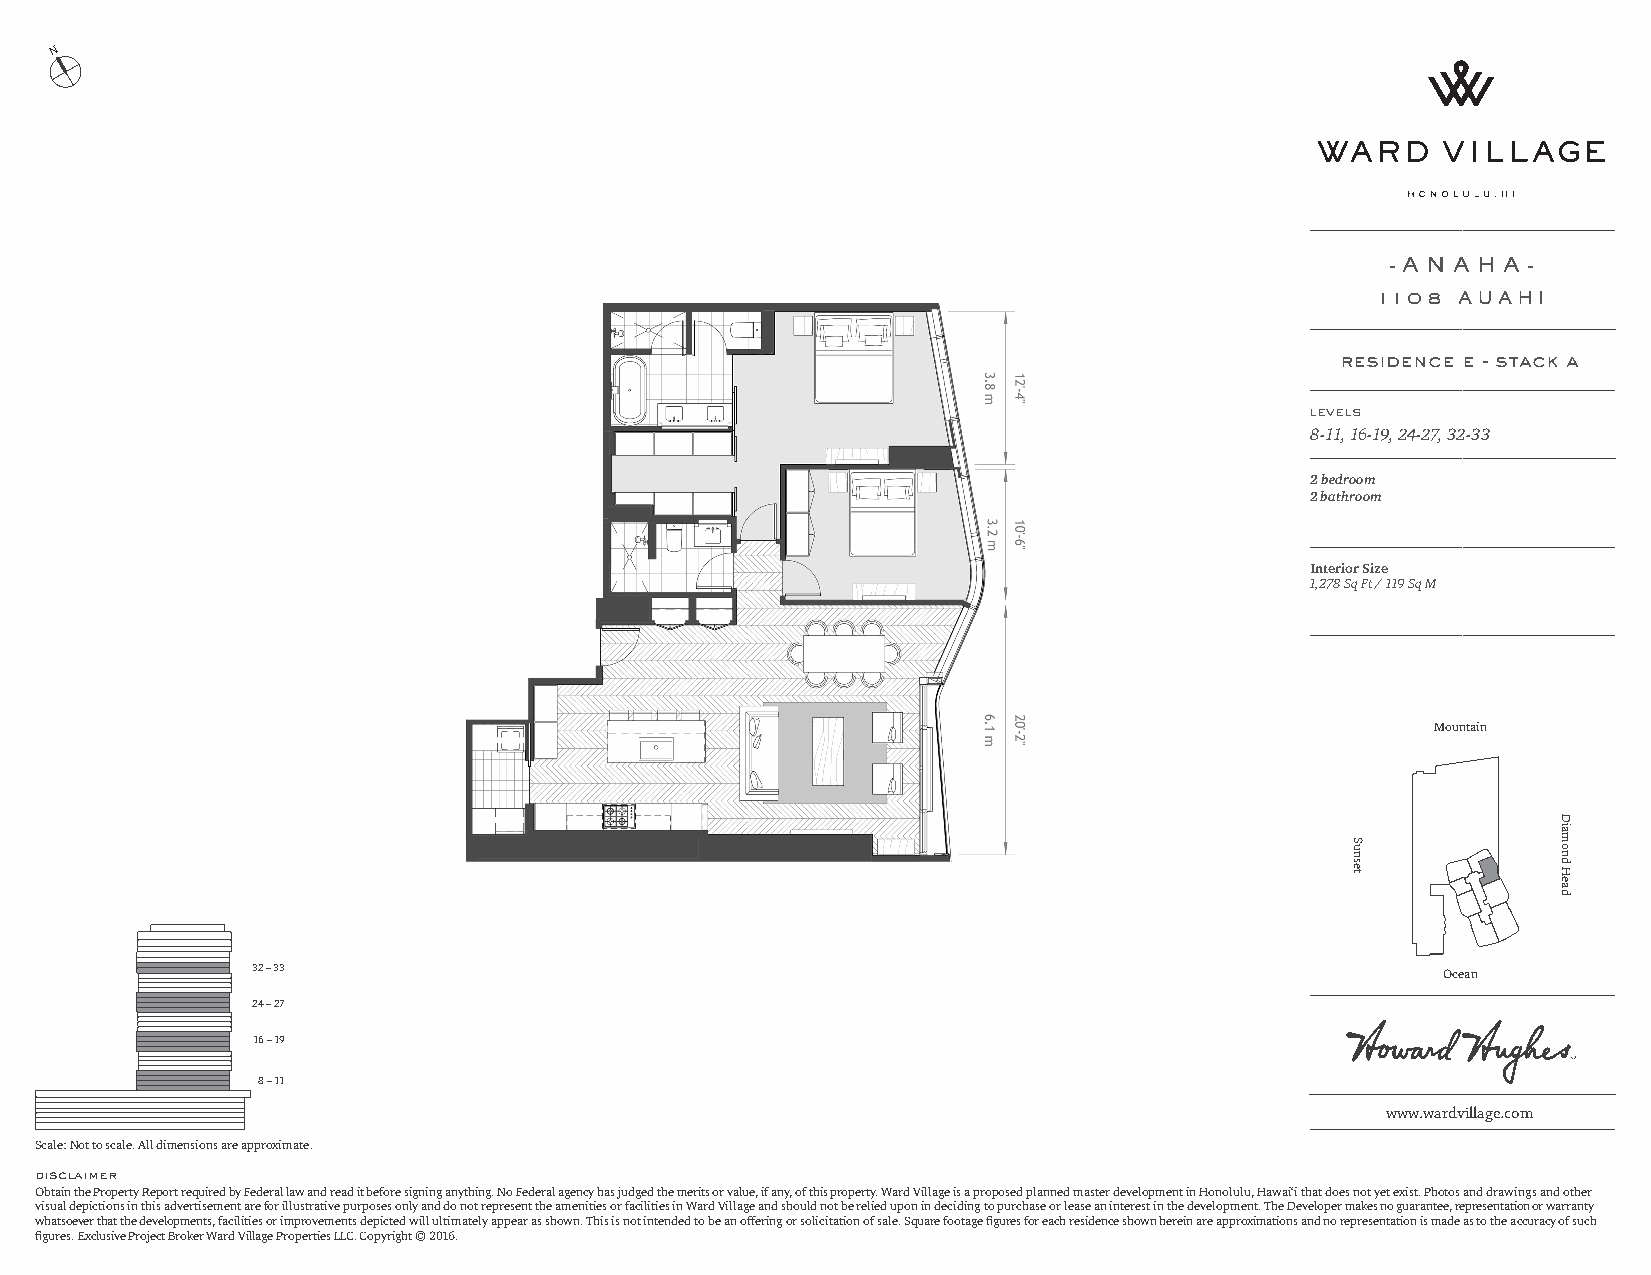
N
 - A N A H A -
 1108 AUAHI
 residence e - stack a
 levels
 8-11, 16-19, 24-27, 32-33
 2 bedroom
 2 bathroom
 Interior Size
 1,278 Sq Ft / 119 Sq M
 Mountain
 32 – 33                                                                        Ocean
 24 – 27
 16 – 19
 8 – 11
 www.wardvillage.com
 Scale: Not to scale. All dimensions are approximate.
 disclaimer
 Obtain the Property Report required by Federal law and read it before signing anything. No Federal agency has judged the merits or value, if any, of this property. Ward Village is a proposed planned master development in Honolulu, Hawai‘i that does not yet exist. Photos and drawings and other
 visual depictions in this advertisement are for illustrative purposes only and do not represent the amenities or facilities in Ward Village and should not be relied upon in deciding to purchase or lease an interest in the development. The Developer makes no guarantee, representation or warranty
 whatsoever that the developments, facilities or improvements depicted will ultimately appear as shown. This is not intended to be an offering or solicitation of sale. Square footage figures for each residence shown herein are approximations and no representation is made as to the accuracy of such
 figures. Exclusive Project Broker Ward Village Properties LLC. Copyright © 2016.
 Sunset
 Diamond
 Head